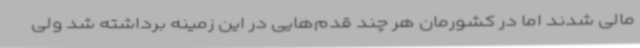
مالی شدند اما در کشورمان هر چند قدم‌هایی در این زمینه برداشته شد ولی